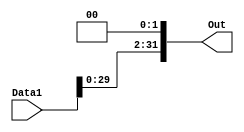
`timescale 1ns / 1ps
//////////////////////////////////////////////////////////////////////////////////
// Company: 
// 
// Design Name: 
// Module Name:     SHIFT LEFT -2
// Project Name: 

// Revision: 
// Revision 0.01 - File Created
// Additional Comments: 
////////////////////////////////////// SHIFT LEFT BY 2 ////////////////////////
module MIPS_SHL2(
	input   [31:0] Data1,
	output	reg [31:0] Out
);

	always @(Data1) //SHIFT LEFT INPUT DATA BY2
	begin
		Out = Data1 << 2;
	end

endmodule